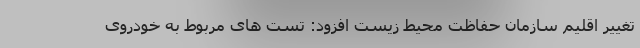
تغییر اقلیم سازمان حفاظت محیط زیست افزود: تست های مربوط به خودروی